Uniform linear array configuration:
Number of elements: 8
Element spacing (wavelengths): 0.25
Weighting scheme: binomial
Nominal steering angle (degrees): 15
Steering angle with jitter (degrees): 14.007
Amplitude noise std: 0.05
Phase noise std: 0.05

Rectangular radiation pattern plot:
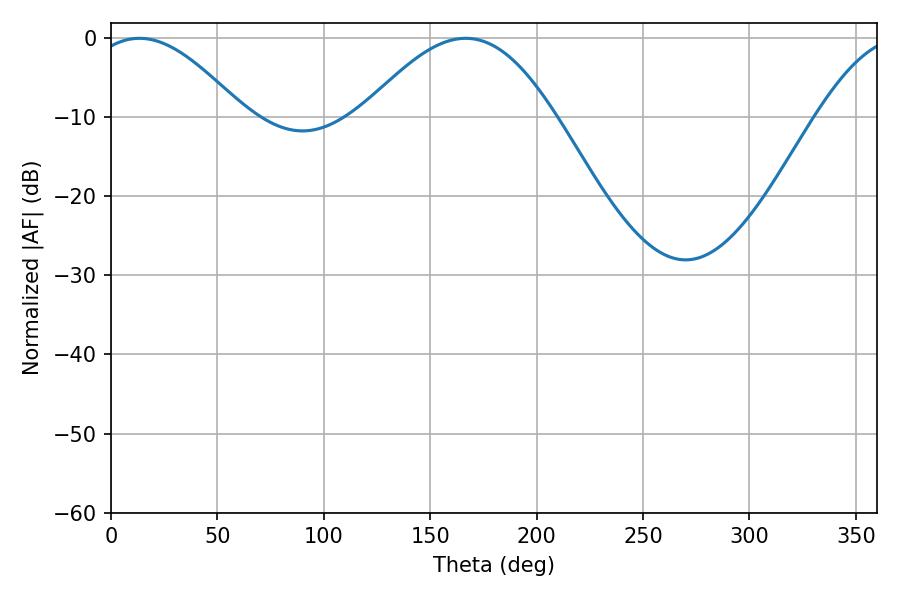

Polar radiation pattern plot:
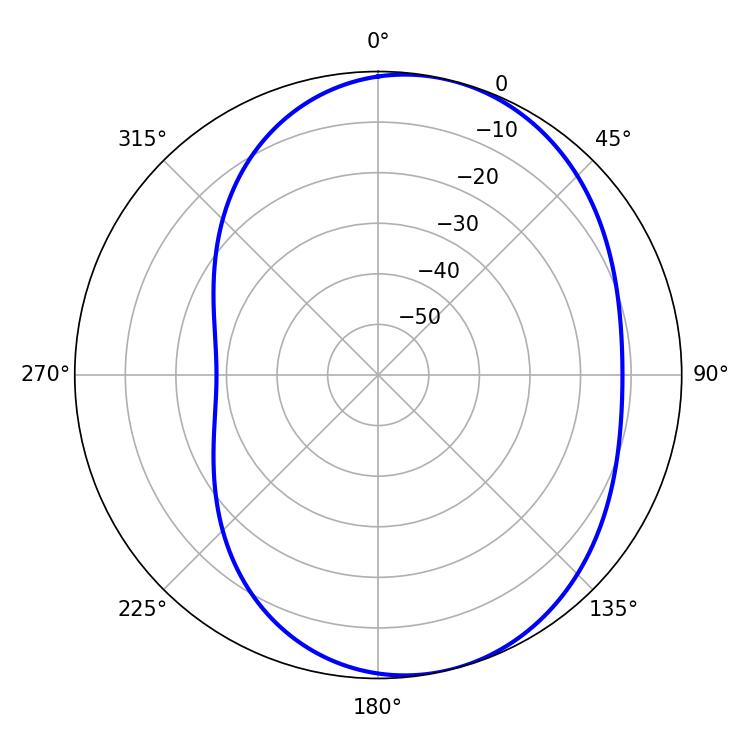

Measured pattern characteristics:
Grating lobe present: FALSE
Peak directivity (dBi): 5.914
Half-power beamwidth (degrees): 38.88
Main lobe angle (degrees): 13.32